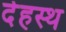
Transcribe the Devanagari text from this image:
देहस्थ